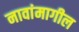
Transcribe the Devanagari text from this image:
नावांमागील